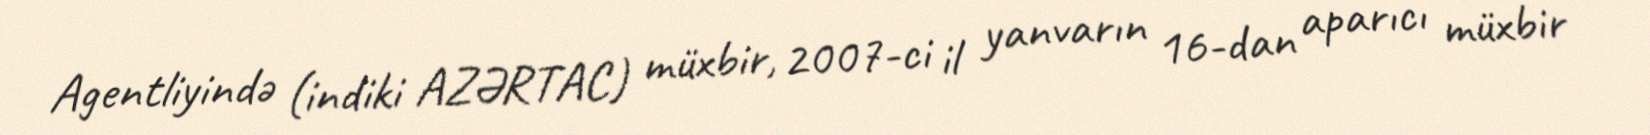
Agentliyində (indiki AZƏRTAC) müxbir, 2007-ci il yanvarın 16-dan aparıcı müxbir